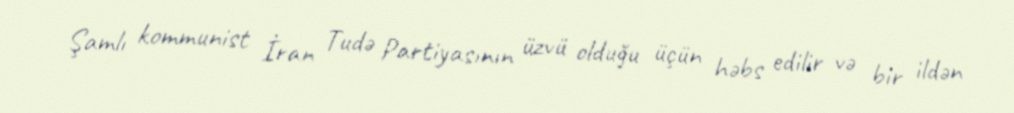
Şamlı kommunist İran Tudə Partiyasının üzvü olduğu üçün həbs edilir və bir ildən